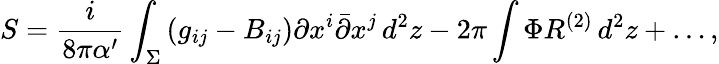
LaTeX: S=\frac i{8\pi\alpha^{\prime}}\int_{\Sigma}\left(g_{ij}-B_{ij}\right)\partial x^{i}\bar{\partial}x^{j}\, d^{2}z-2\pi\int\Phi R^{(2)}\, d^{2}z+\ldots,